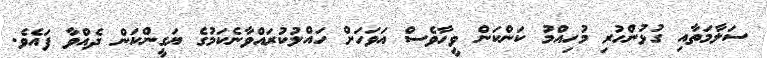
ސަލާމަތާއި ގުޅުންހުރި މުހިއްމު ކަންކަން ވީހާވެސް އަވަހަށް ހައްލުކުރައްވާނެކަމުގެ ޔަގީންކަން ދެއްވާ ފައެވެ.